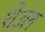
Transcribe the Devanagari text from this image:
शेउल